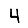
Digit: 4